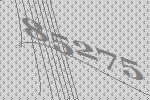
85275